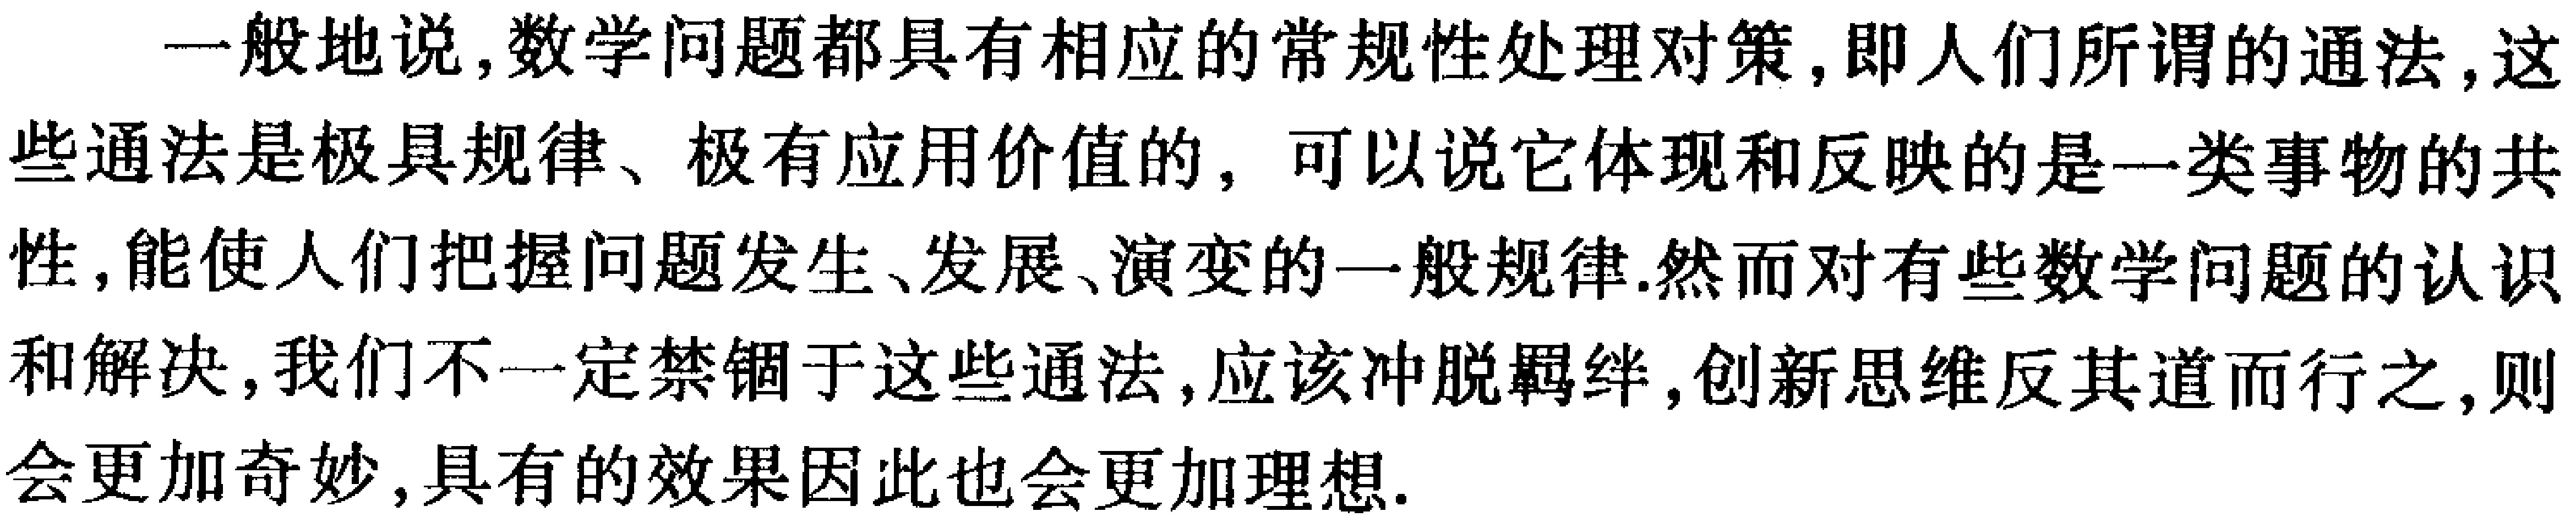
一般地说,数学问题都具有相应的常规性处理对策,即人们所谓的通法,这些通法是极具规律、极有应用价值的, 可以说它体现和反映的是一类事物的共性,能使人们把握问题发生、发展、演变的一般规律.然而对有些数学问题的认识和解决,我们不一定禁锢于这些通法,应该冲脱羁绊,创新思维反其道而行之,则会更加奇妙,具有的效果因此也会更加理想.